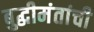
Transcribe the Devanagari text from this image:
बुद्धीमंतांची